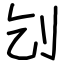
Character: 刉